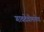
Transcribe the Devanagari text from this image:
गावदेवीमातेचा